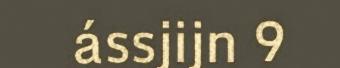
ássjijn 9